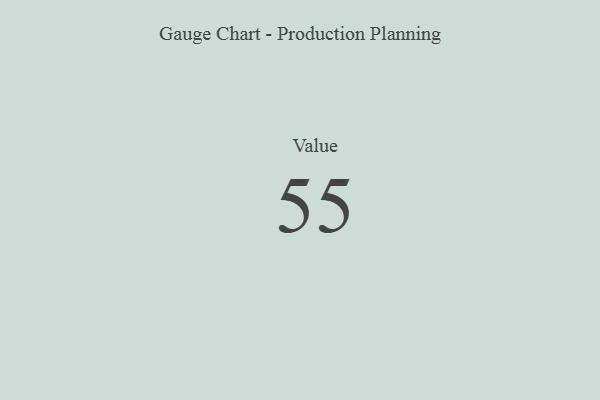
{"axis": {"x": "Metric", "y": "Value"}, "legend": [""], "data": [{"x": "Value", "y": 55, "type": ""}]}